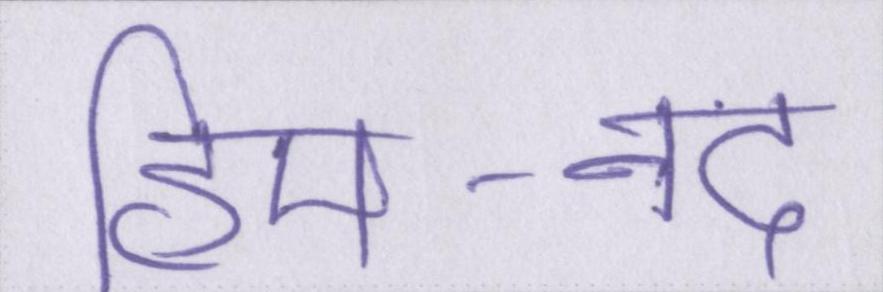
हिम-नद